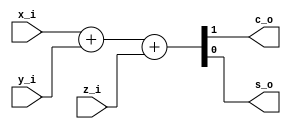
module bsg_mul_csa
     (input x_i
      ,input y_i
      ,input z_i
      ,output c_o
      ,output s_o
      );
     assign {c_o,s_o} = x_i + y_i + z_i;
endmodule